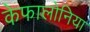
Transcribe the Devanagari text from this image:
केफालोनिया